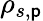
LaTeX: \rho_{s,\mathsf{p}}